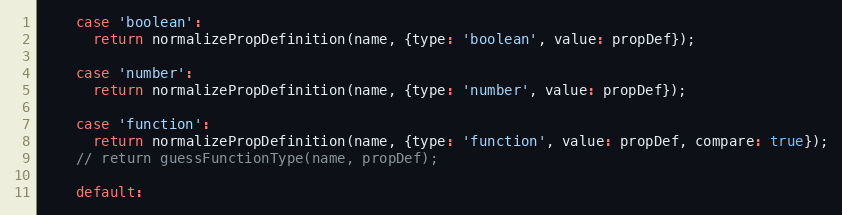
Language: JavaScript
    case 'boolean':
      return normalizePropDefinition(name, {type: 'boolean', value: propDef});

    case 'number':
      return normalizePropDefinition(name, {type: 'number', value: propDef});

    case 'function':
      return normalizePropDefinition(name, {type: 'function', value: propDef, compare: true});
    // return guessFunctionType(name, propDef);

    default: